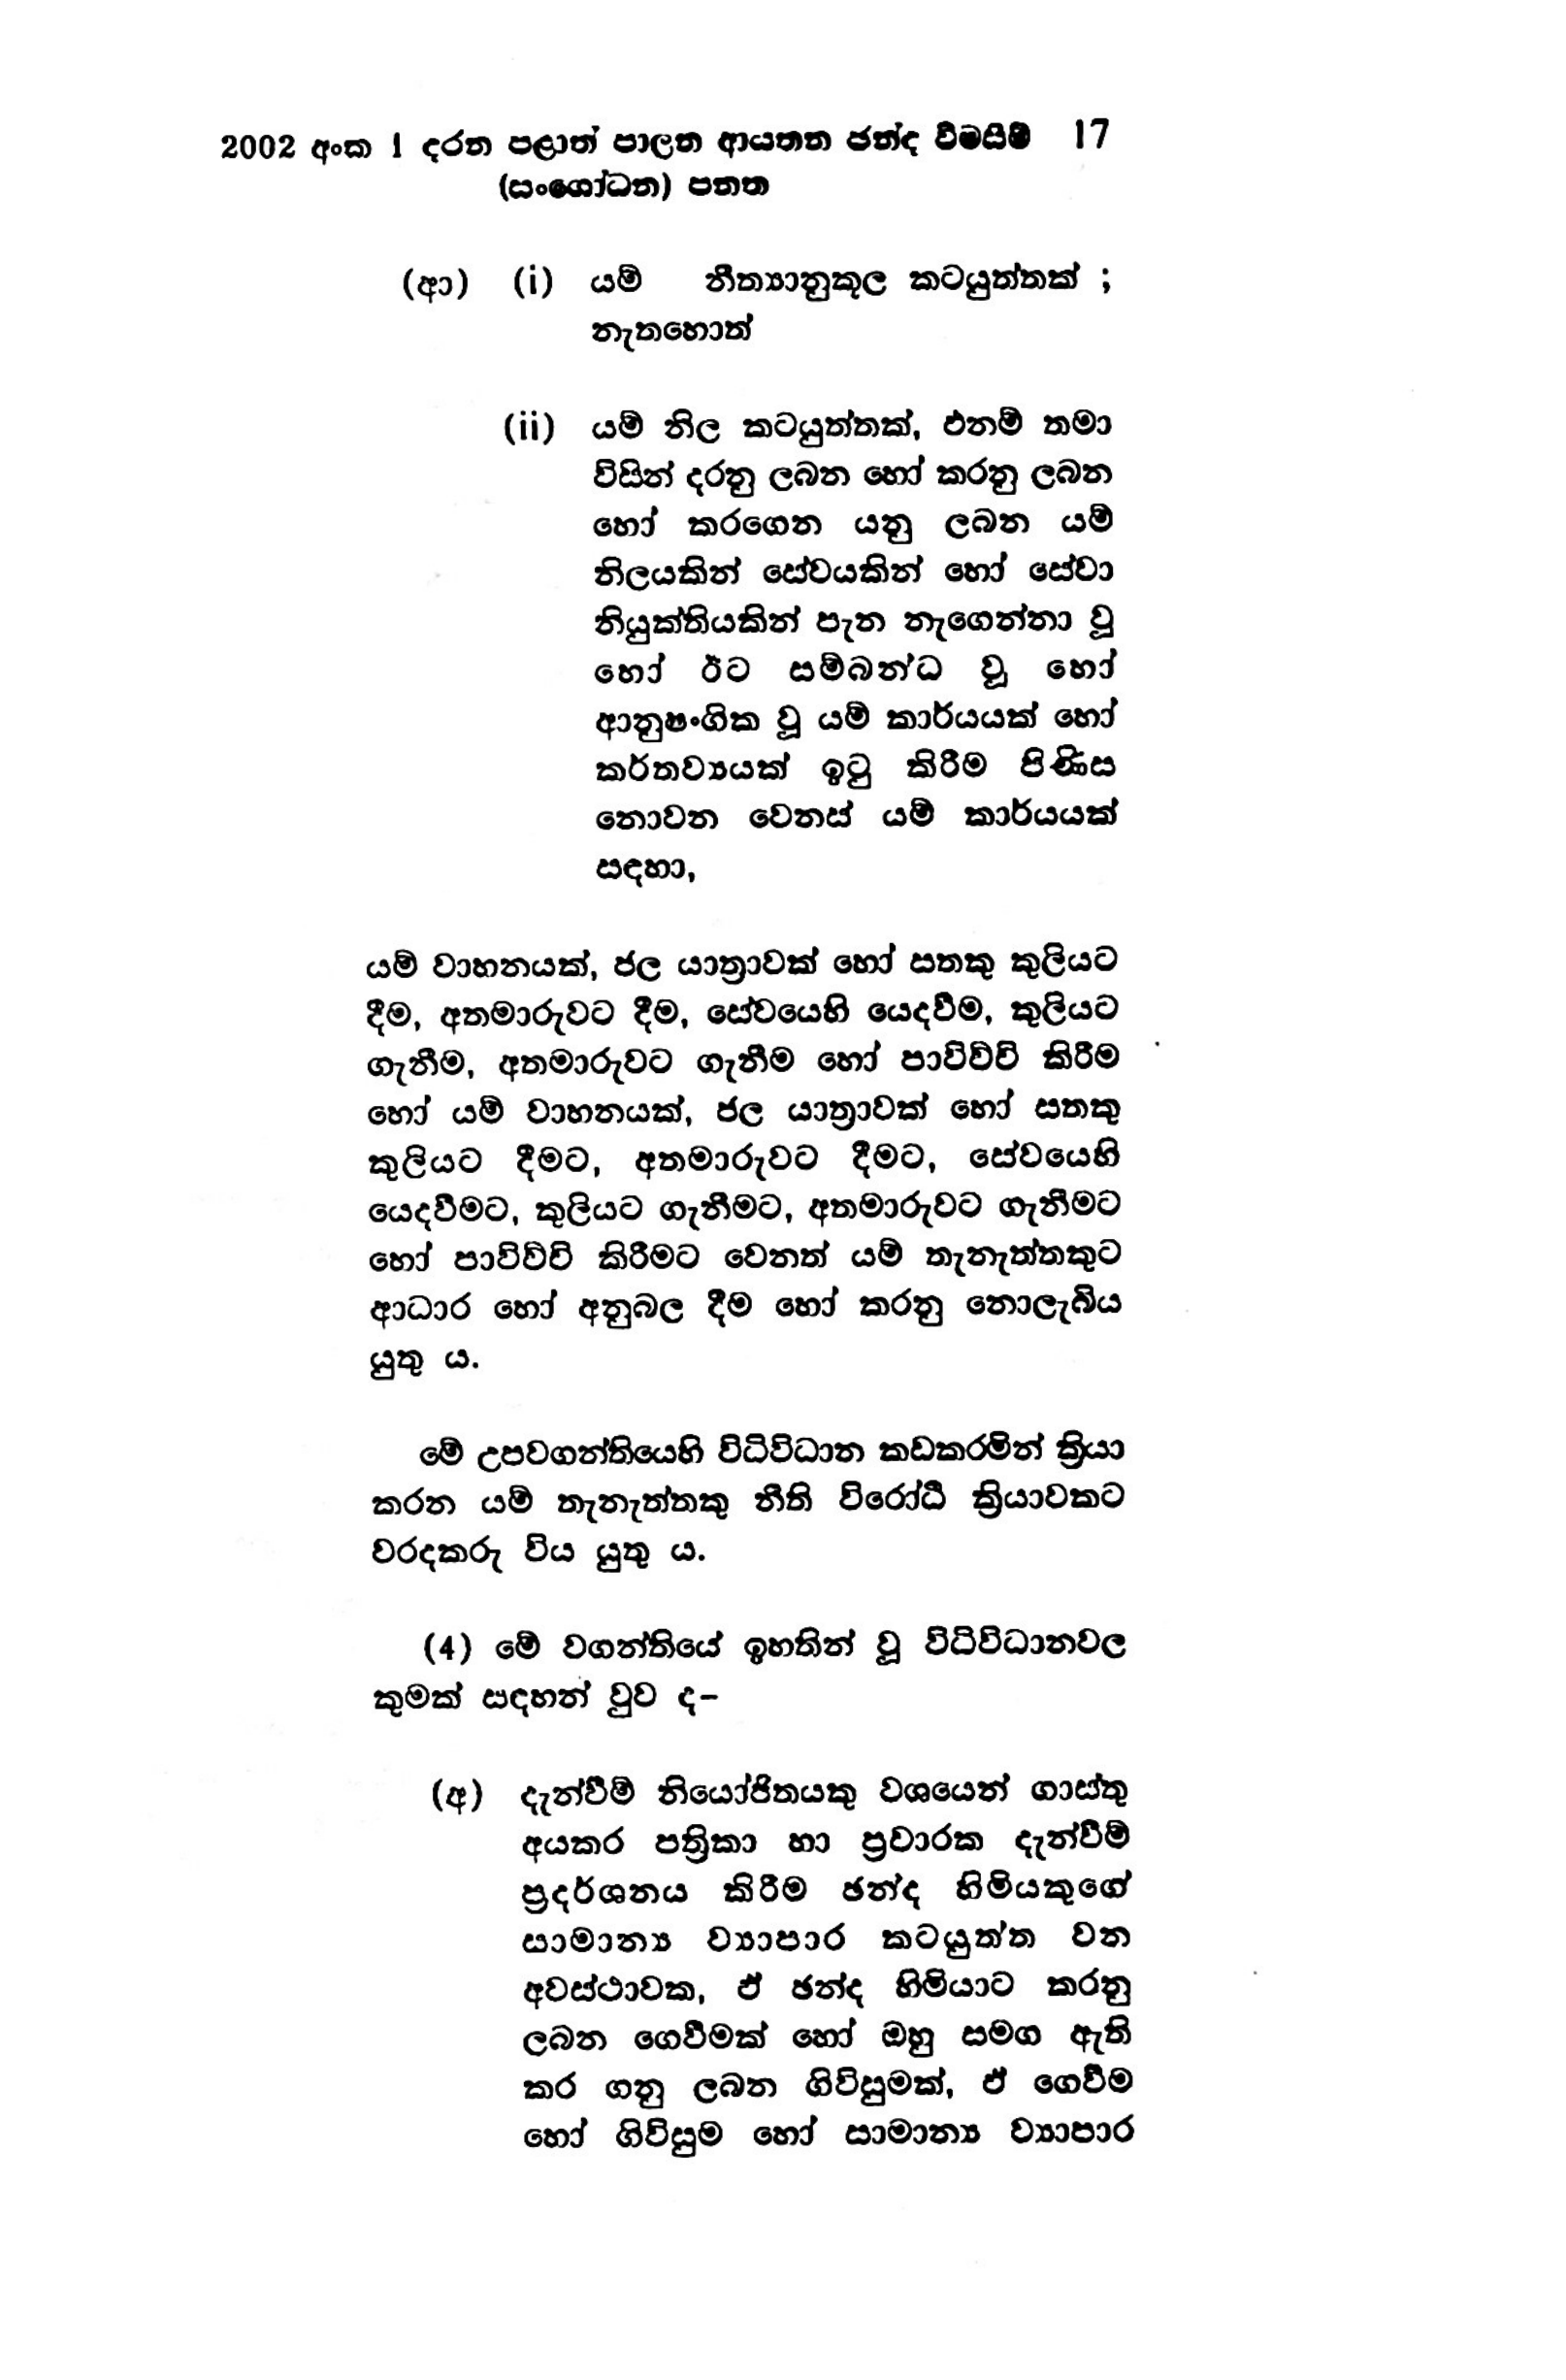
2002 අංක 1 දරන පළාත් පාලන ආයතන ඡන්ද විමසීම් 17
(සංශෝධන) පනත

(ආ) (i) යම් නීත්‍යානුකූල කටයුත්තක්;
නැතහොත්

(ii) යම් නිල කටයුත්තක්, එනම් තමා
විසින් දරනු ලබන හෝ කරනු ලබන
හෝ කරගෙන යනු ලබන යම්
නිලයකින් සේවයකින් හෝ සේවා
නියුක්තියකින් පැන නැගෙන්නා වූ
හෝ ඊට සම්බන්ධ වූ හෝ
ආනුෂංගික වූ යම් කාර්යයක් හෝ
කර්තව්‍යයක් ඉටු කිරීම පිණිස
නොවන වෙනස් යම් කාර්යයක්
සඳහා,

යම් වාහනයක්, ජල යාත්‍රාවක් හෝ සතකු කුලියට
දීම, අතමාරුවට දීම, සේවයෙහි යෙදවීම, කුලියට
ගැනීම, අතමාරුවට ගැනීම හෝ පාවිච්චි කිරීම
හෝ යම් වාහනයක්, ජල යාත්‍රාවක් හෝ සතකු
කුලියට දීමට, අතමාරුවට දීමට, සේවයෙහි
යෙදවීමට, කුලියට ගැනීමට, අතමාරුවට ගැනීමට
හෝ පාවිච්චි කිරීමට වෙනත් යම් තැනැත්තකුට
ආධාර හෝ අනුබල දීම හෝ කරනු නොලැබිය
යුතු ය.

මේ උපවගන්තියෙහි විධිවිධාන කඩකරමින් ක්‍රියා
කරන යම් තැනැත්තකු නීති විරෝධී ක්‍රියාවකට
වරදකරු විය යුතු ය.

(4) මේ වගන්තියේ ඉහතින් වූ විධිවිධානවල
කුමක් සඳහන් වුව ද-

(අ) දැන්වීම් නියෝජිතයෙකු වශයෙන් ගාස්තු
අයකර පත්‍රිකා හා ප්‍රචාරක දැන්වීම්
ප්‍රදර්ශනය කිරීම ඡන්ද හිමියකුගේ
සාමාන්‍ය ව්‍යාපාර කටයුත්ත වන
අවස්ථාවක, ඵ් ඡන්ද හිමියාට කරනු
ලබන ගෙවීමක් හෝ ඔහු සමග ඇති
කර ගනු ලබන ගිවිසුමක්, ඒ ගෙවීම
හෝ ගිවිසුම හෝ සාමාන්‍ය ව්‍යාපාර